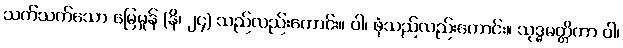
သက်သက်သော မြေမှုန် (နိ၊ ၂၄) သည်လည်းကောင်း။ ဝါ၊ ဖုံသည်လည်းကောင်း။ သုဒ္ဓမတ္တိကာ ဝါ၊